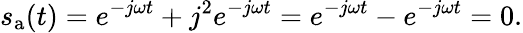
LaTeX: s_{\mathrm{a}}(t)=e^{-j\omega t}+j^{2}e^{-j\omega t}=e^{-j\omega t}-e^{-j\omega t}=0.